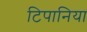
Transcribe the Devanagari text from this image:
टिपानिया